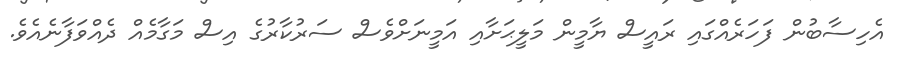
އެހިސާބުން ފަހަރެއްގައި ރައީސް ޔާމީން މަލީޙަށާއި އަމީނަށްވެސް ސަރުކާރުގެ އިސް މަގާމެއް ދެއްވަފާނެއެވެ.